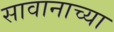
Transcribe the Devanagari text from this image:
सावानाच्या